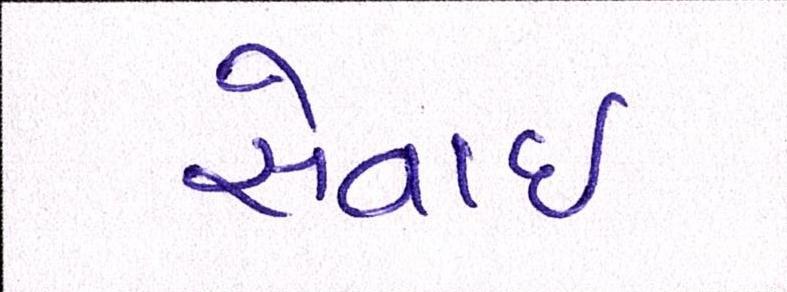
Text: સેવાઇ